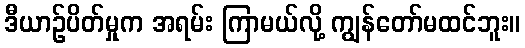
ဒီယာဉ်ပိတ်မှုက အရမ်း ကြာမယ်လို့ ကျွန်တော်မထင်ဘူး။